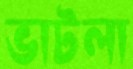
ভাটলা